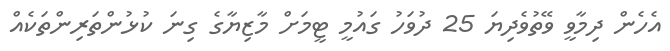
އެހެން ދިމާވީ ވޭތުވެދިޔަ 25 ދުވަހު ގައުމީ ޓީމަށް މާޒިޔާގެ ގިނަ ކުޅުންތަރިންތަކެއް